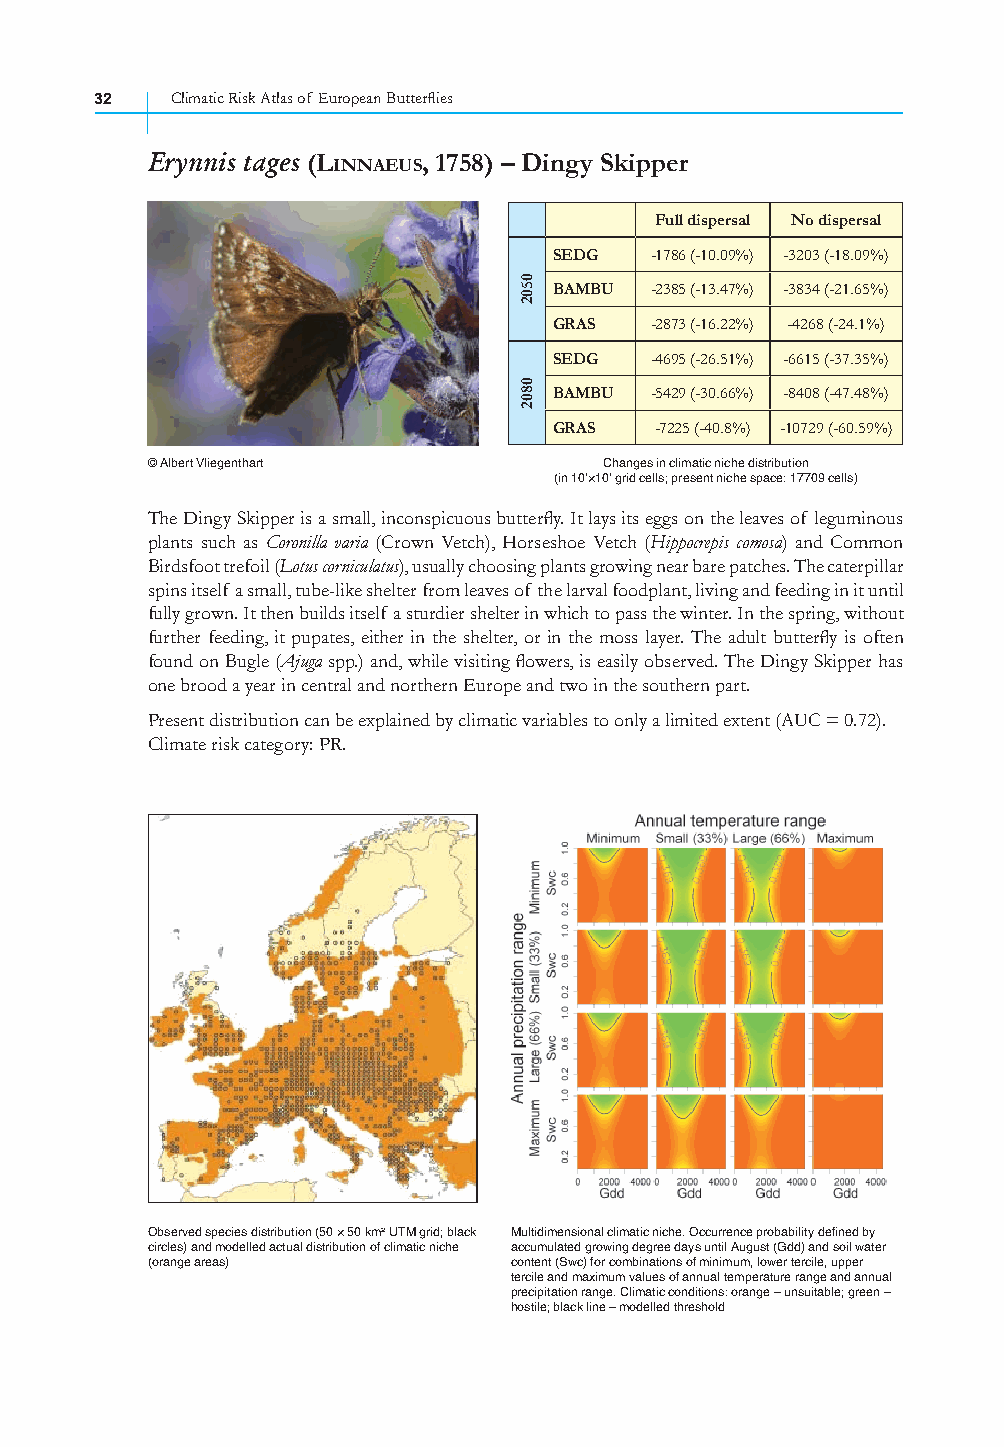
32   Climatic Risk Atlas of European Butterfl ies
 Erynnis tages (LINNAEUS, 1758) – Dingy Skipper
 Full dispersal No dispersal
 SEDG  -1786 (-10.09%) -3203 (-18.09%)
 BAMBU -2385 (-13.47%) -3834 (-21.65%)
 GRAS  -2873 (-16.22%) -4268 (-24.1%)
 SEDG  -4695 (-26.51%) -6615 (-37.35%)
 BAMBU -5429 (-30.66%) -8408 (-47.48%)
 GRAS  -7225 (-40.8%) -10729 (-60.59%)
 © Albert Vliegenthart         Changes in climatic niche distribution
 (in 10’×10’ grid cells; present niche space: 17709 cells)
 The Dingy Skipper is a small, inconspicuous butterfl y. It lays its eggs on the leaves of leguminous
 plants such as Coronilla varia (Crown Vetch), Horseshoe Vetch (Hippocrepis comosa) and Common
 Birdsfoot trefoil (Lotus corniculatus), usually choosing plants growing near bare patches. The caterpillar
 spins itself a small, tube-like shelter from leaves of the larval foodplant, living and feeding in it until
 fully grown. It then builds itself a sturdier shelter in which to pass the winter. In the spring, without
 further feeding, it pupates, either in the shelter, or in the moss layer. The adult butterfl y is often
 found on Bugle (Ajuga spp.) and, while visiting fl owers, is easily observed. The Dingy Skipper has
 one brood a year in central and northern Europe and two in the southern part.
 Present distribution can be explained by climatic variables to only a limited extent (AUC = 0.72).
 Climate risk category: PR.
 Observed species distribution (50 × 50 km² UTM grid; black Multidimensional climatic niche. Occurrence probability defined by
 circles) and modelled actual distribution of climatic niche accumulated growing degree days until August (Gdd) and soil water
 (orange areas)          content (Swc) for combinations of minimum, lower tercile, upper
 tercile and maximum values of annual temperature range and annual
 precipitation range. Climatic conditions: orange – unsuitable; green –
 hostile; black line – modelled threshold
 0502
 0802